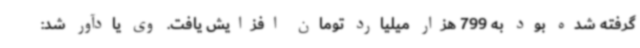
گرفته شده بود به 799 هزار میلیارد تومان افزایش یافت. وی یادآور شد: